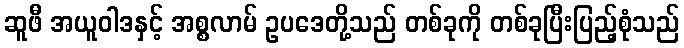
ဆူဖီ အယူဝါဒနှင့် အစ္စလာမ် ဥပဒေတို့သည် တစ်ခုကို တစ်ခုပြီးပြည့်စုံသည်